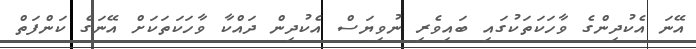
އޭނަ އެކުދިންގެ ވާހަކަތަކުގައި ބައިވެރި ނުވިޔަސް އެކުދިން ދައްކާ ވާހަކަތަކަށް އޭނަގެ ކަންފަތް